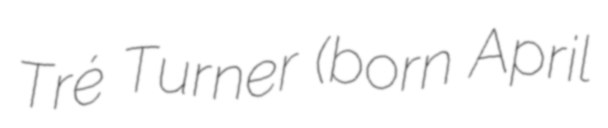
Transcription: Tré Turner (born April